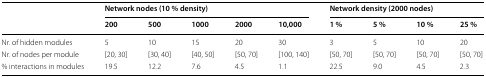
| <ROWSPAN=2>  | <COLSPAN=5> Network nodes (10 % density) | <COLSPAN=4> Network density (2000 nodes) |
 | 200 | 500 | 1000 | 2000 | 10,000 | 1 % | 5 % | 10 % | 25 % |
 | --- | --- | --- | --- | --- | --- | --- | --- | --- | --- |
 | Nr. of hidden modules | 5 | 10 | 15 | 20 | 30 | 3 | 5 | 10 | 20 |
 | Nr. of nodes per module | [20, 30] | [30, 40] | [40, 50] | [50, 70] | [100, 140] | [50, 70] | [50, 70] | [50, 70] | [50, 70] |
 | % interactions in modules | 19.5 | 12.2 | 7.6 | 4.5 | 1.1 | 22.5 | 9.0 | 4.5 | 2.3 |